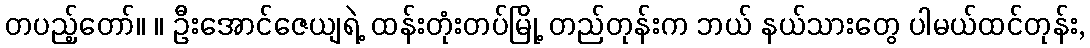
တပည့်တော်။ ။ ဦးအောင်ဇေယျရဲ့ ထန်းတုံးတပ်မြို့ တည်တုန်းက ဘယ် နယ်သားတွေ ပါမယ်ထင်တုန်း,